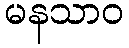
မနသာဝ